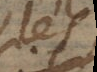
les